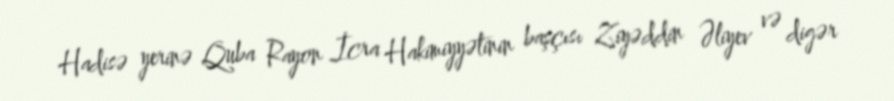
Hadisə yerinə Quba Rayon İcra Hakimiyyətinin başçısı Ziyəddin Əliyev və digər